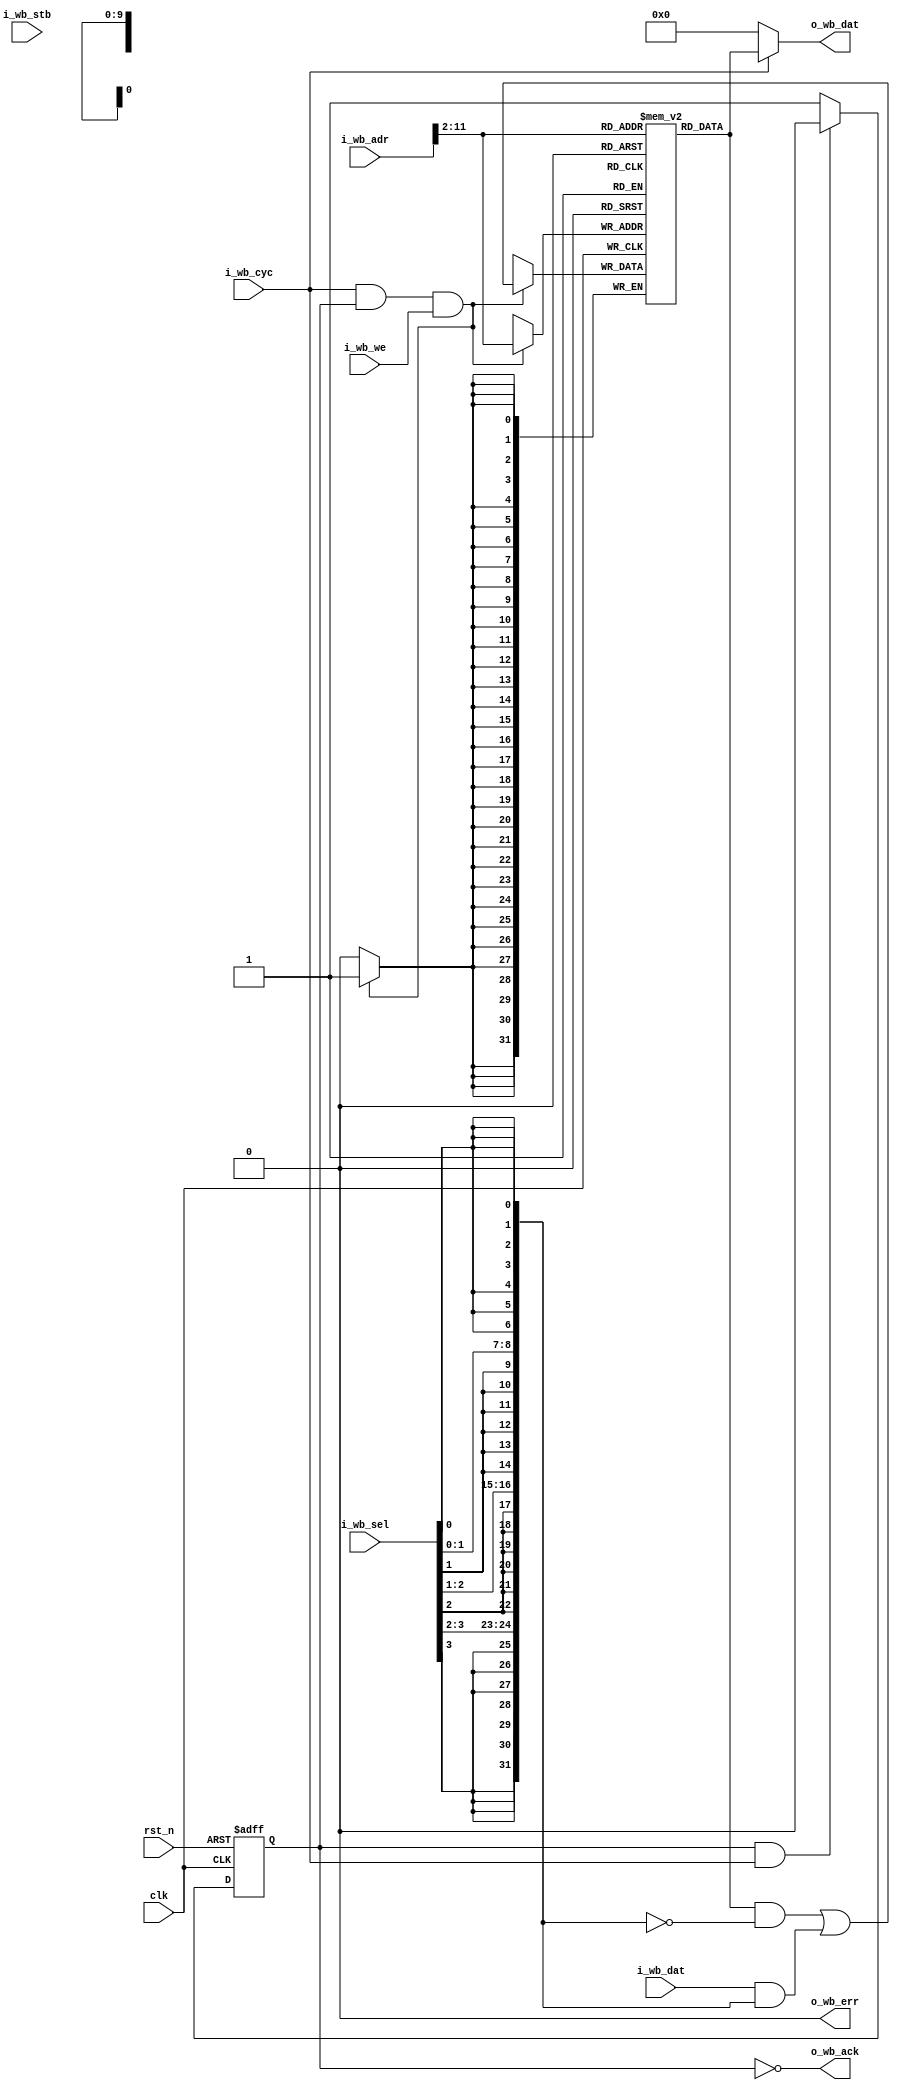
module wb_sram #( parameter
    MW  = 10,
    AW  = 32,
    DW  = 32,
    SW  = DW >> 3
) (   
    input                       clk,
    input                       rst_n,
    
    input          [AW-1:0]     i_wb_adr,
    input          [SW-1:0]     i_wb_sel,
    input                       i_wb_we,
    input          [DW-1:0]     i_wb_dat,
    output         [DW-1:0]     o_wb_dat,
    input                       i_wb_cyc,
    input                       i_wb_stb,
    output                      o_wb_ack,
    output                      o_wb_err                  
);

    localparam MSIZE = 1<<MW;
    reg [DW-1:0] mem [0:MSIZE-1];
    
    localparam WW = $clog2(DW) - 3;
    wire [MW-1:0] mem_addr = i_wb_adr[MW+WW-1:WW];
    
    reg istat;
    always @(posedge clk or negedge rst_n) begin
        if (!rst_n) istat <= 1'b1;
        else if (istat == 1'b1 && i_wb_cyc == 1'b1) istat <= 1'b0;
        else if (istat == 1'b0) istat <= 1'b1;
    end
    
    wire CE = i_wb_cyc & istat;
    assign o_wb_ack = ~istat;
    assign o_wb_err = 1'b0;
    
    wire [DW-1:0] msk;
    genvar g;
    generate
        for (g=0;g<SW;g=g+1) begin
            assign msk[(g+1)*8-1:g*8] = {8{i_wb_sel[g]}};
        end
    endgenerate

    reg [DW-1:0] tmp;

    always @(posedge clk) begin
        if (CE & i_wb_we) begin
            tmp = mem[mem_addr];
            tmp = tmp & ~msk;
            tmp = tmp | (i_wb_dat & msk);
            mem[mem_addr] <= tmp;
        end
    end
    
    assign o_wb_dat = i_wb_cyc ? mem[mem_addr] : 'd0;

endmodule